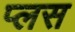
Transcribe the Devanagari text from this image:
प्‍लस